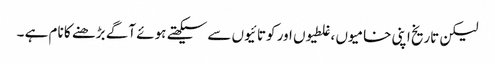
لیکن تاریخ اپنی خامیوں ،غلطیوں اور کوتائیوں سے سیکھتے ہوئے آگے بڑھنے کا نام ہے ۔